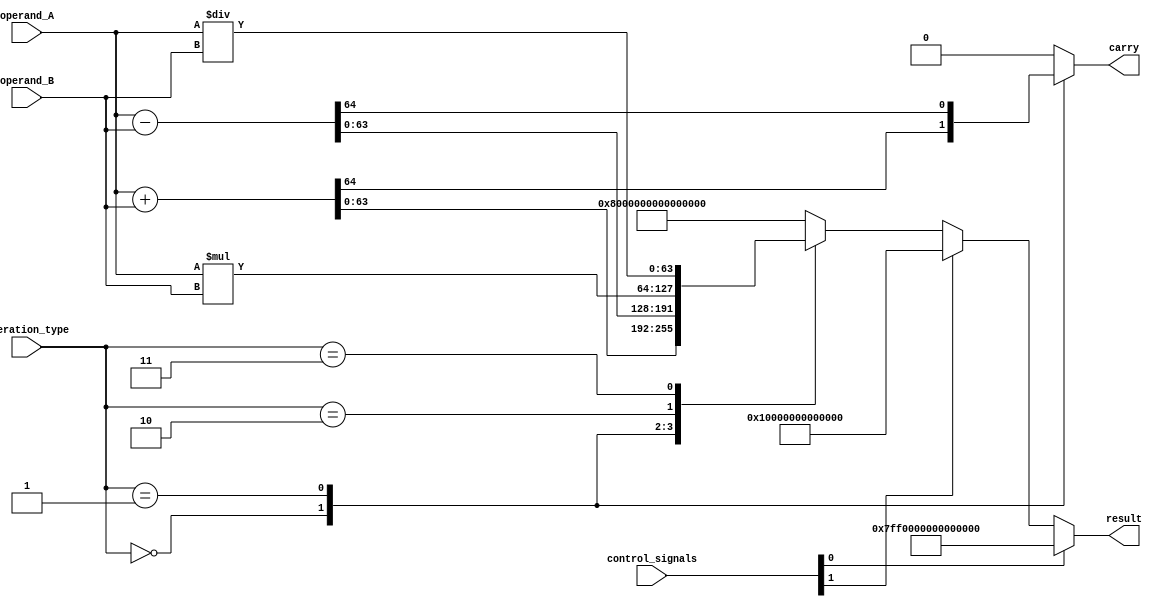
module extended_precision_floating_point_unit (
    input [63:0] operand_A,
    input [63:0] operand_B,
    input [3:0] operation_type,
    input [2:0] control_signals,
    output reg [63:0] result,
    output reg carry
);

always @(*)
begin
    carry = 0;

    case(operation_type)
        4'b0000: // Addition
            begin
                {carry, result} = operand_A + operand_B;
            end
        4'b0001: // Subtraction
            begin
                {carry, result} = operand_A - operand_B;
            end
        4'b0010: // Multiplication
            begin
                result = operand_A * operand_B;
            end
        4'b0011: // Division
            begin
                result = operand_A / operand_B;
            end
        default: // unsupported operation
            begin
                result = 64'h8000000000000000; // Signaling NaN
            end
    endcase

    if(control_signals[0] == 1) // Overflow
    begin
        result = 64'h7FF0000000000000; // +Infinity
    end
    else if(control_signals[1] == 1) // Underflow
    begin
        result = 64'h0010000000000000; // Denormalized Number
    end
end

endmodule